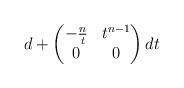
LaTeX: \begin{align*}d+\begin{pmatrix} -\frac{n}{t} & t^{n-1} \\ 0 & 0 \end{pmatrix} dt \end{align*}